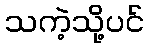
သကဲ့သို့ပင်